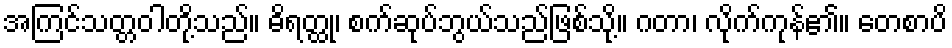
အကြင်သတ္တဝါတို့သည်။ ဓိရတ္ထု၊ စက်ဆုပ်ဘွယ်သည်ဖြစ်သို့။ ဂတာ၊ လိုက်ကုန်၏။ တေစာပိ